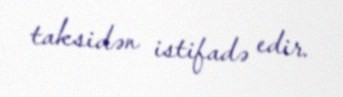
taksidən istifadə edir.